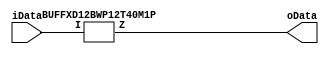
module DATA_Buffer
#
(
	parameter WIDTH = 1
)
(
	input [WIDTH-1:0] iData,
	output [WIDTH-1:0] oData
);

	genvar x;

	generate
		for (x=0; x < WIDTH; x = x + 1)
			begin : assign_buffer_bits				
				BUFFXD12BWP12T40M1P bitbuf (.I(iData[x]), .Z(oData[x]));
			end
	endgenerate

endmodule
	
 // cadence translate_off
module BUFFXD12BWP12T40M1P
(
	input I,
	output Z
);

	assign Z = I;
endmodule
// cadence translate_on